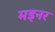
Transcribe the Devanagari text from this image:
मइनर